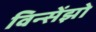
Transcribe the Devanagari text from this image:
विन्सेंझो